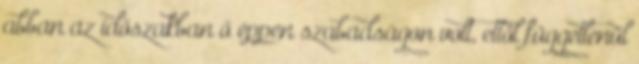
abban az időszakban ő éppen szabadságon volt, ettől függetlenül